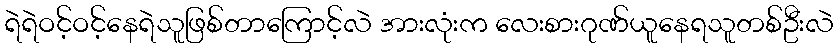
ရဲရဲဝင့်ဝင့်နေရဲသူဖြစ်တာကြောင့်လဲ အားလုံးက လေးစားဂုဏ်ယူနေရသူတစ်ဦးလဲ